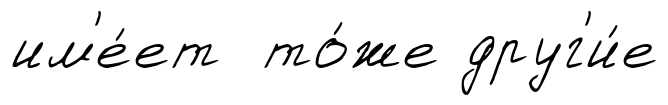
им'е́ет то́же друг'и́е